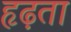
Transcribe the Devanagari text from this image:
हृढ़ता